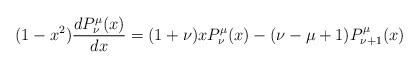
LaTeX: \begin{align*}(1-x^2)\frac{d P_{\nu}^{\mu}(x)}{dx} = (1+\nu)xP_{\nu}^{\mu}(x) - (\nu-\mu+1)P_{\nu+1}^{\mu}(x) \end{align*}